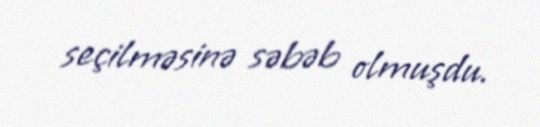
seçilməsinə səbəb olmuşdu.